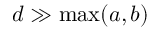
d \gg \operatorname* { m a x } ( a , b )